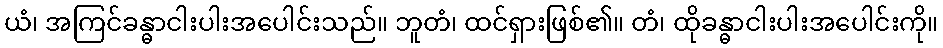
ယံ၊ အကြင်ခန္ဓာငါးပါးအပေါင်းသည်။ ဘူတံ၊ ထင်ရှားဖြစ်၏။ တံ၊ ထိုခန္ဓာငါးပါးအပေါင်းကို။